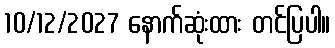
10/12/2027 နောက်ဆုံးထား တင်ပြပါ။